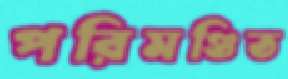
পরিমণ্ডিত